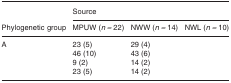
<table><thead><tr><td>[EMPTY_CELL]</td><td colspan="3"><b>Source</b></td></tr><tr><td><b>Phylogenetic group</b></td><td><b>MPUW (<i>n =</i> 22)</b></td><td><b>NWW (<i>n =</i> 14)</b></td><td><b>NWL (<i>n =</i> 10)</b></td></tr></thead><tbody><tr><td>A</td><td>23 (5)</td><td>29 (4)</td><td>[EMPTY_CELL]</td></tr><tr><td>[EMPTY_CELL]</td><td>46 (10)</td><td>43 (6)</td><td>[EMPTY_CELL]</td></tr><tr><td>[EMPTY_CELL]</td><td>9 (2)</td><td>14 (2)</td><td>[EMPTY_CELL]</td></tr><tr><td>[EMPTY_CELL]</td><td>23 (5)</td><td>14 (2)</td><td>[EMPTY_CELL]</td></tr></tbody></table>